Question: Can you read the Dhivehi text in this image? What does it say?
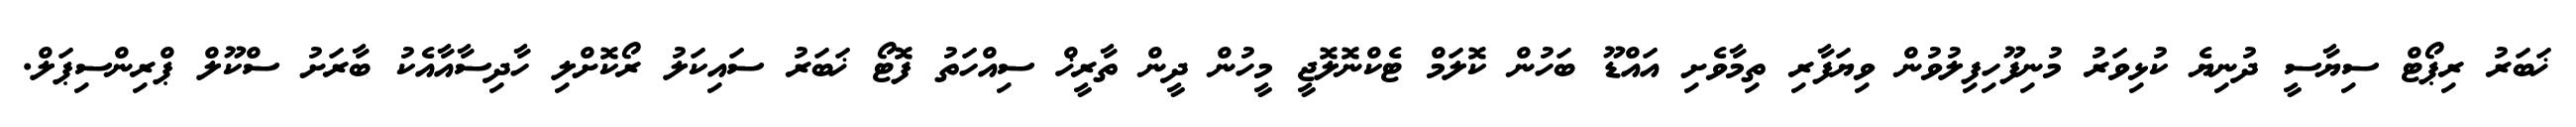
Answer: ޚަބަރު ރިޕޯޓް ސިޔާސީ ދުނިޔެ ކުޅިވަރު މުނިފޫހިފިލުވުން ވިޔަފާރި ތިމާވެށި އައްޑޫ ބަހުން ކޮލަމް ޓެކްނޮލޮޖީ މީހުން ދީން ތާރީޚް ސިއްހަތު ފޮޓޯ ޚަބަރު ސައިކަލު ރޯކޮށްލި ހާދިސާއާއެކު ބާރަށު ސްކޫލް ޕްރިންސިޕަލް.